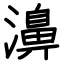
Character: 濞